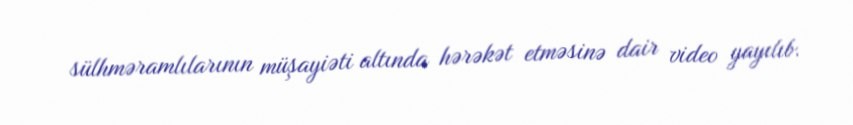
sülhməramlılarının müşayiəti altında hərəkət etməsinə dair video yayılıb.